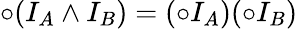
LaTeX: \circ(I_{A}\wedge I_{B})=(\circ I_{A})(\circ I_{B})